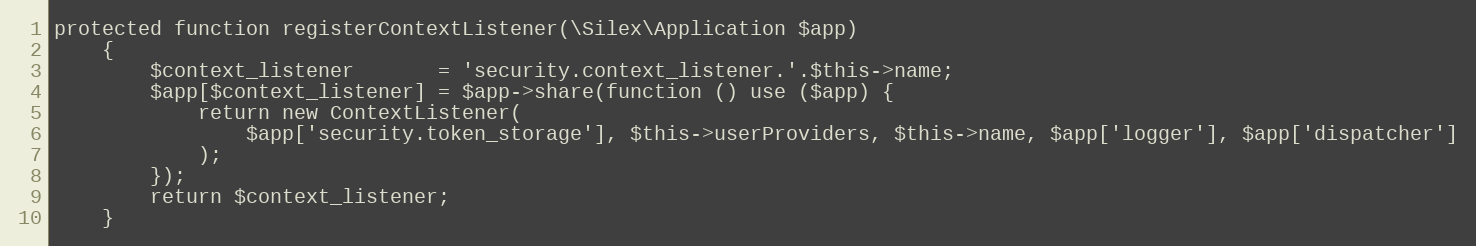
Language: PHP
protected function registerContextListener(\Silex\Application $app)
    {
        $context_listener       = 'security.context_listener.'.$this->name;
        $app[$context_listener] = $app->share(function () use ($app) {
            return new ContextListener(
                $app['security.token_storage'], $this->userProviders, $this->name, $app['logger'], $app['dispatcher']
            );
        });
        return $context_listener;
    }